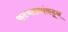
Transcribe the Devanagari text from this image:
कटवाल्यांकडून